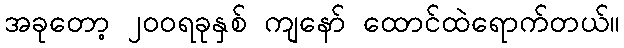
အခုတော့ ၂ဝဝရခုနှစ် ကျနော် ထောင်ထဲရောက်တယ်။